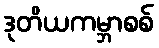
ဒုတိယကမ္ဘာစစ်